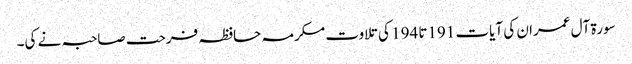
سورۃ آل عمران کی آیات 191تا 194 کی تلاوت مکرمہ حافظہ فرحت صاحبہ نے کی۔